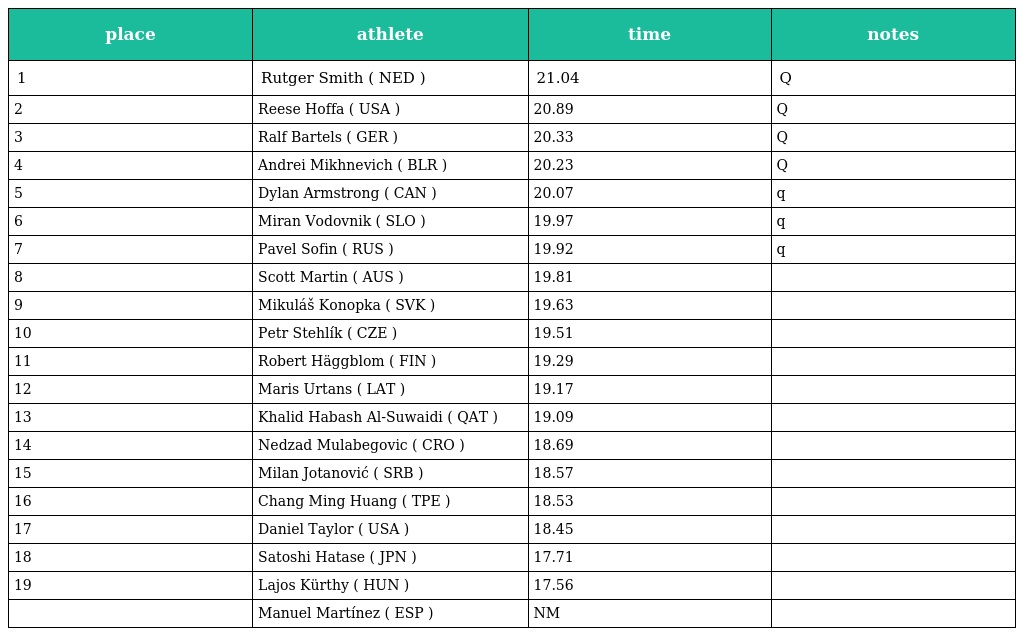
| place | athlete | time | notes |
 | --- | --- | --- | --- |
 | 1 | Rutger Smith ( NED ) | 21.04 | Q |
 | 2 | Reese Hoffa ( USA ) | 20.89 | Q |
 | 3 | Ralf Bartels ( GER ) | 20.33 | Q |
 | 4 | Andrei Mikhnevich ( BLR ) | 20.23 | Q |
 | 5 | Dylan Armstrong ( CAN ) | 20.07 | q |
 | 6 | Miran Vodovnik ( SLO ) | 19.97 | q |
 | 7 | Pavel Sofin ( RUS ) | 19.92 | q |
 | 8 | Scott Martin ( AUS ) | 19.81 |  |
 | 9 | Mikuláš Konopka ( SVK ) | 19.63 |  |
 | 10 | Petr Stehlík ( CZE ) | 19.51 |  |
 | 11 | Robert Häggblom ( FIN ) | 19.29 |  |
 | 12 | Maris Urtans ( LAT ) | 19.17 |  |
 | 13 | Khalid Habash Al-Suwaidi ( QAT ) | 19.09 |  |
 | 14 | Nedzad Mulabegovic ( CRO ) | 18.69 |  |
 | 15 | Milan Jotanović ( SRB ) | 18.57 |  |
 | 16 | Chang Ming Huang ( TPE ) | 18.53 |  |
 | 17 | Daniel Taylor ( USA ) | 18.45 |  |
 | 18 | Satoshi Hatase ( JPN ) | 17.71 |  |
 | 19 | Lajos Kürthy ( HUN ) | 17.56 |  |
 |  | Manuel Martínez ( ESP ) | NM |  |